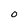
Character: 0